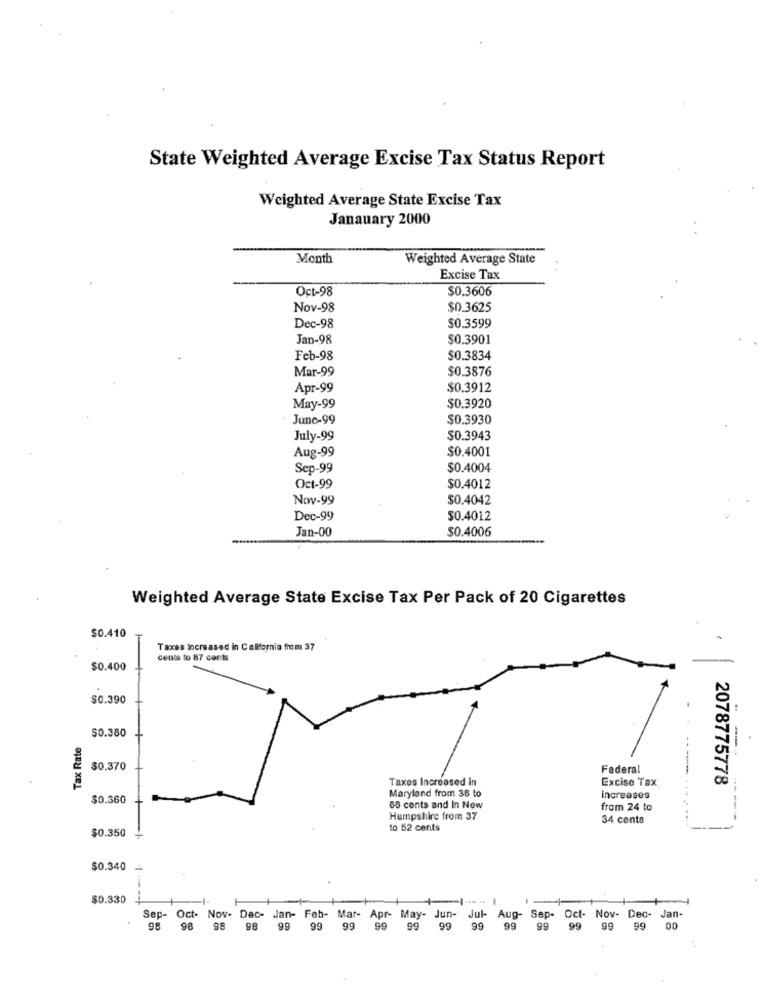
State Weighted Average Excise Tax Status Report
Weighted Average State Excise Tax
Janauary 2000
Month
Weighted Average State
Excise Tax
Oct-98
$0.3606
Nov-98
$0.3625
Dec-98
$0.3599
Jan-98
$0.3901
Feb-98
$0.3834
Mar-99
$0.3876
Apr-99
$0.3912
May-99
$0.3920
June-99
$0.3930
July-99
$0.3943
$0.4001
Aug-99
Sep-99
$0.4004
Oct-99
$0.4012
Nov-99
$0.4042
Dec-99
$0.4012
Jan-00
$0.4006
Weighted Average State Excise Tax Per Pack of 20 Cigarettes
$0.410
Taxes Increased in California from 37
cents to 87 cents
$0.400
-+
$0.390
$0.380
Tax Rate
$0.370
Federal
Taxes Increased in
Excise Tax
2078775778
Maryland from 36 to
$0.360
increases
65 cents and In New
from 24 to
Hampshire from 37
34 cents
to 52 cents
$0.350
$0.340
$0.330
Sep-
Oct- Nov- Dec- Jan- Feb-
96
Mar- Apr- May-
Jun-
Jul-
Jul- Aug- Sep-
Oct- Nov- Dec- Jan-
98
98
98
99
99
99
99
99
99
99
99
99
99
99
99
00